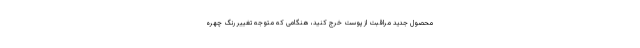
محصول جدید مراقبت از پوست خرج کنید، هنگامی که متوجه تغییر رنگ چهره